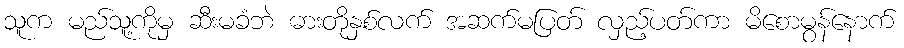
သူက မည်သူ့ကိုမှ ဆီးမခံဘဲ ဓားတိုနှစ်လက် အဆက်မပြတ် လှည့်ပတ်ကာ မိစောမွန်နောက်